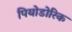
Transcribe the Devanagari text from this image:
पियोडोरिक